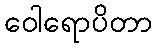
ဝေါရောပိတာ